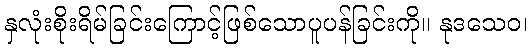
နှလုံးစိုးရိမ်ခြင်းကြောင့်ဖြစ်သောပူပန်ခြင်းကို။ နုဒသေဝ၊